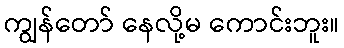
ကျွန်တော် နေလို့မ ကောင်းဘူး။